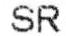
SR